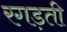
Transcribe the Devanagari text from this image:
रगड़ती